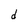
Character: d